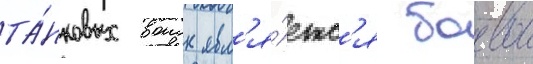
та́нковых воиск явл'я́етс'я боевои